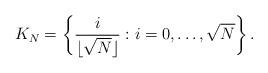
LaTeX: \begin{align*}K_N = \left\{\frac{i}{\lfloor\sqrt N\rfloor}: i = 0,\ldots,\sqrt N\right\}.\end{align*}